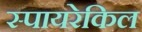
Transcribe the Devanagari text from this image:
स्पायरेकिल